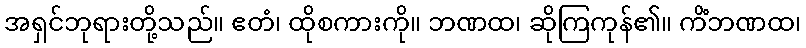
အရှင်ဘုရားတို့သည်။ ဧတံ၊ ထိုစကားကို။ ဘဏထ၊ ဆိုကြကုန်၏။ ကိံဘဏထ၊